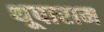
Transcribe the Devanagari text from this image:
थूपाराम